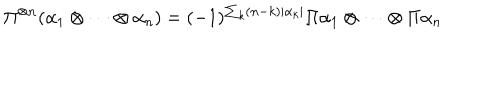
\Pi ^ { \otimes n } ( \alpha _ { 1 } \otimes \cdots \otimes \alpha _ { n } ) = ( - 1 ) ^ { \sum _ { k } ( n - k ) | \alpha _ { k } | } \Pi \alpha _ { 1 } \otimes \cdots \otimes \Pi \alpha _ { n }